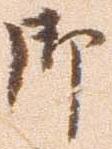
御